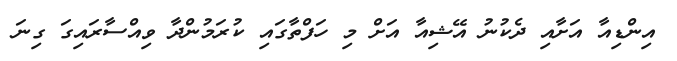
އިންޑިއާ އަށާއި ދެކުނު އޭޝިއާ އަށް މި ހަފްތާގައި ކުރަމުންދާ ވިއްސާރައިގަ ގިނަ